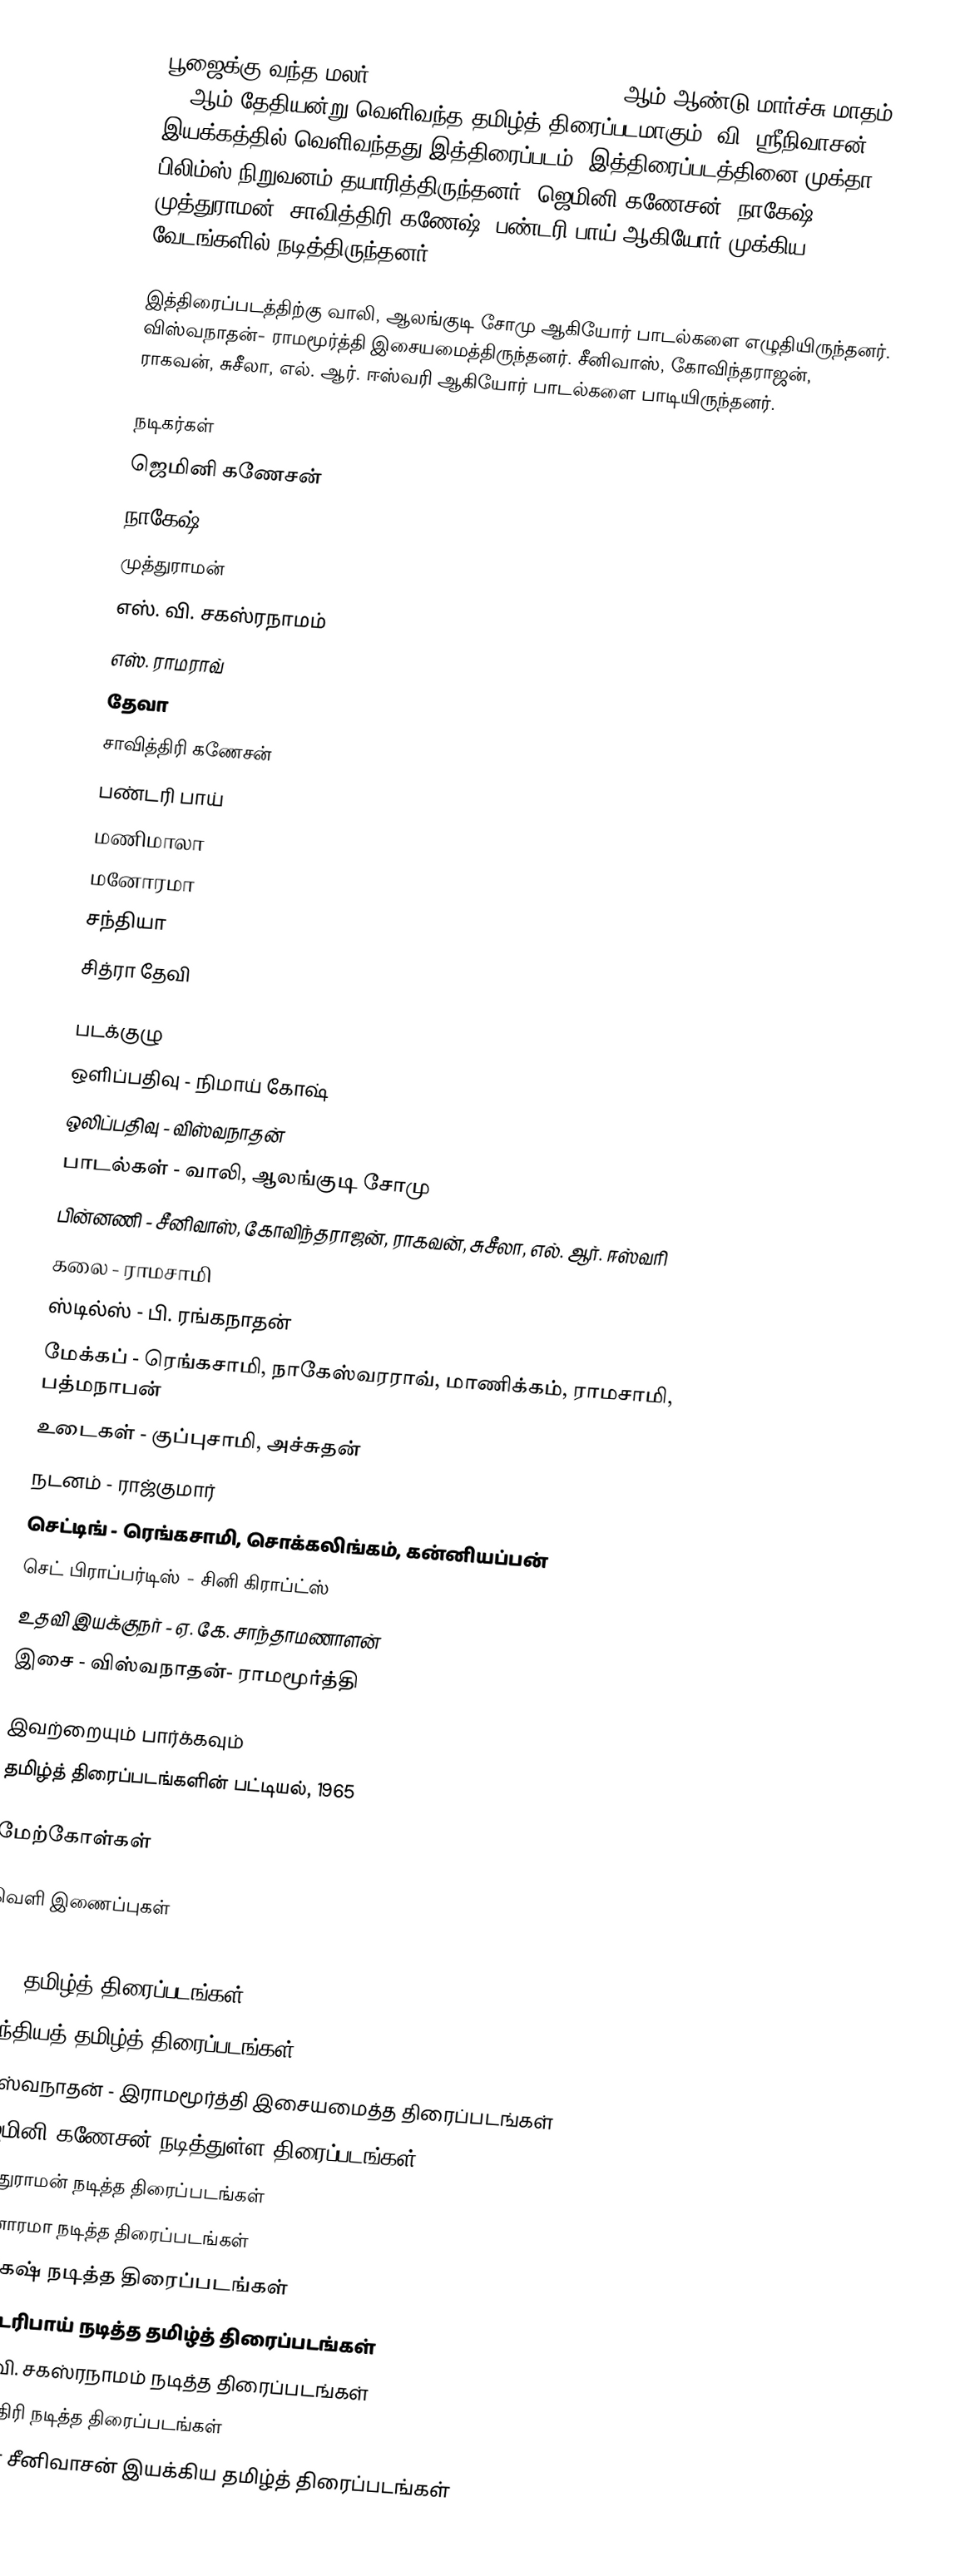
பூஜைக்கு வந்த மலர் (Poojaikku Vandha Malar) 1965 ஆம் ஆண்டு மார்ச்சு மாதம் 12 ஆம் தேதியன்று வெளிவந்த தமிழ்த் திரைப்படமாகும். வி. ஸ்ரீநிவாசன் இயக்கத்தில் வெளிவந்தது இத்திரைப்படம். இத்திரைப்படத்தினை முக்தா பிலிம்ஸ் நிறுவனம் தயாரித்திருந்தனர். ஜெமினி கணேசன், நாகேஷ். முத்துராமன், சாவித்திரி கணேஷ், பண்டரி பாய் ஆகியோர் முக்கிய வேடங்களில் நடித்திருந்தனர்.

இத்திரைப்படத்திற்கு வாலி, ஆலங்குடி சோமு ஆகியோர் பாடல்களை எழுதியிருந்தனர். விஸ்வநாதன்- ராமமூர்த்தி இசையமைத்திருந்தனர். சீனிவாஸ், கோவிந்தராஜன், ராகவன், சுசீலா, எல். ஆர். ஈஸ்வரி ஆகியோர் பாடல்களை பாடியிருந்தனர்.

நடிகர்கள்
 ஜெமினி கணேசன்
 நாகேஷ்
 முத்துராமன்
 எஸ். வி. சகஸ்ரநாமம்
 எஸ். ராமராவ்
 தேவா
 சாவித்திரி கணேசன்
 பண்டரி பாய்
 மணிமாலா
 மனோரமா
 சந்தியா
 சித்ரா தேவி

படக்குழு
 ஒளிப்பதிவு - நிமாய் கோஷ்
 ஒலிப்பதிவு - விஸ்வநாதன்
 பாடல்கள் - வாலி, ஆலங்குடி சோமு
 பின்னணி - சீனிவாஸ், கோவிந்தராஜன், ராகவன், சுசீலா, எல். ஆர். ஈஸ்வரி
 கலை - ராமசாமி
 ஸ்டில்ஸ் - பி. ரங்கநாதன்
 மேக்கப் - ரெங்கசாமி, நாகேஸ்வரராவ், மாணிக்கம், ராமசாமி, பத்மநாபன்
 உடைகள் - குப்புசாமி, அச்சுதன்
 நடனம் - ராஜ்குமார்
 செட்டிங் - ரெங்கசாமி, சொக்கலிங்கம், கன்னியப்பன்
 செட் பிராப்பர்டிஸ் - சினி கிராப்ட்ஸ்
 உதவி இயக்குநர் - ஏ. கே. சாந்தாமணாளன்
 இசை - விஸ்வநாதன்- ராமமூர்த்தி

இவற்றையும் பார்க்கவும்
 தமிழ்த் திரைப்படங்களின் பட்டியல், 1965

மேற்கோள்கள்

வெளி இணைப்புகள்

1965 தமிழ்த் திரைப்படங்கள்
இந்தியத் தமிழ்த் திரைப்படங்கள்
விஸ்வநாதன் - இராமமூர்த்தி இசையமைத்த திரைப்படங்கள்
ஜெமினி கணேசன் நடித்துள்ள திரைப்படங்கள்
முத்துராமன் நடித்த திரைப்படங்கள்
மனோரமா நடித்த திரைப்படங்கள்
நாகேஷ் நடித்த திரைப்படங்கள்
பண்டரிபாய் நடித்த தமிழ்த் திரைப்படங்கள்
எஸ். வி. சகஸ்ரநாமம் நடித்த திரைப்படங்கள்
சாவித்திரி நடித்த திரைப்படங்கள்
முக்தா சீனிவாசன் இயக்கிய தமிழ்த் திரைப்படங்கள்